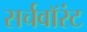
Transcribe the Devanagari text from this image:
सर्चवॉरंट